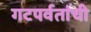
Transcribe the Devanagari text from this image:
गटपर्वतांची